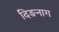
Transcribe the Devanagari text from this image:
दिङनाग